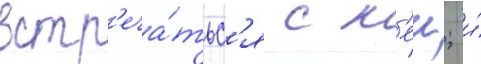
встр'еча́тьс'я с н'еи; и́